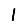
Digit: 1